Source: Handwritten
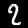
Digit: ၇ (7)